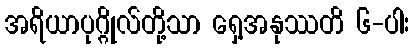
အရိယာပုဂ္ဂိုလ်တို့သာ ရှေ့အနုဿတိ ၆-ပါး